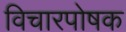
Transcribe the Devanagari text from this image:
विचारपोषक